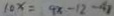
1 0 x = 9 x - 1 2 - 4 1